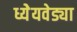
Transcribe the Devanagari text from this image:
ध्येेयवेड्या